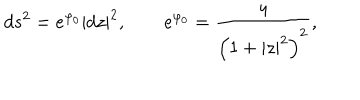
d s ^ { 2 } = e ^ { \varphi _ { 0 } } | d z | ^ { 2 } , \qquad e ^ { \varphi _ { 0 } } = { \frac { 4 } { \left( 1 + | z | ^ { 2 } \right) ^ { 2 } } } ,